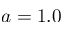
a = 1 . 0